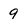
Character: 9